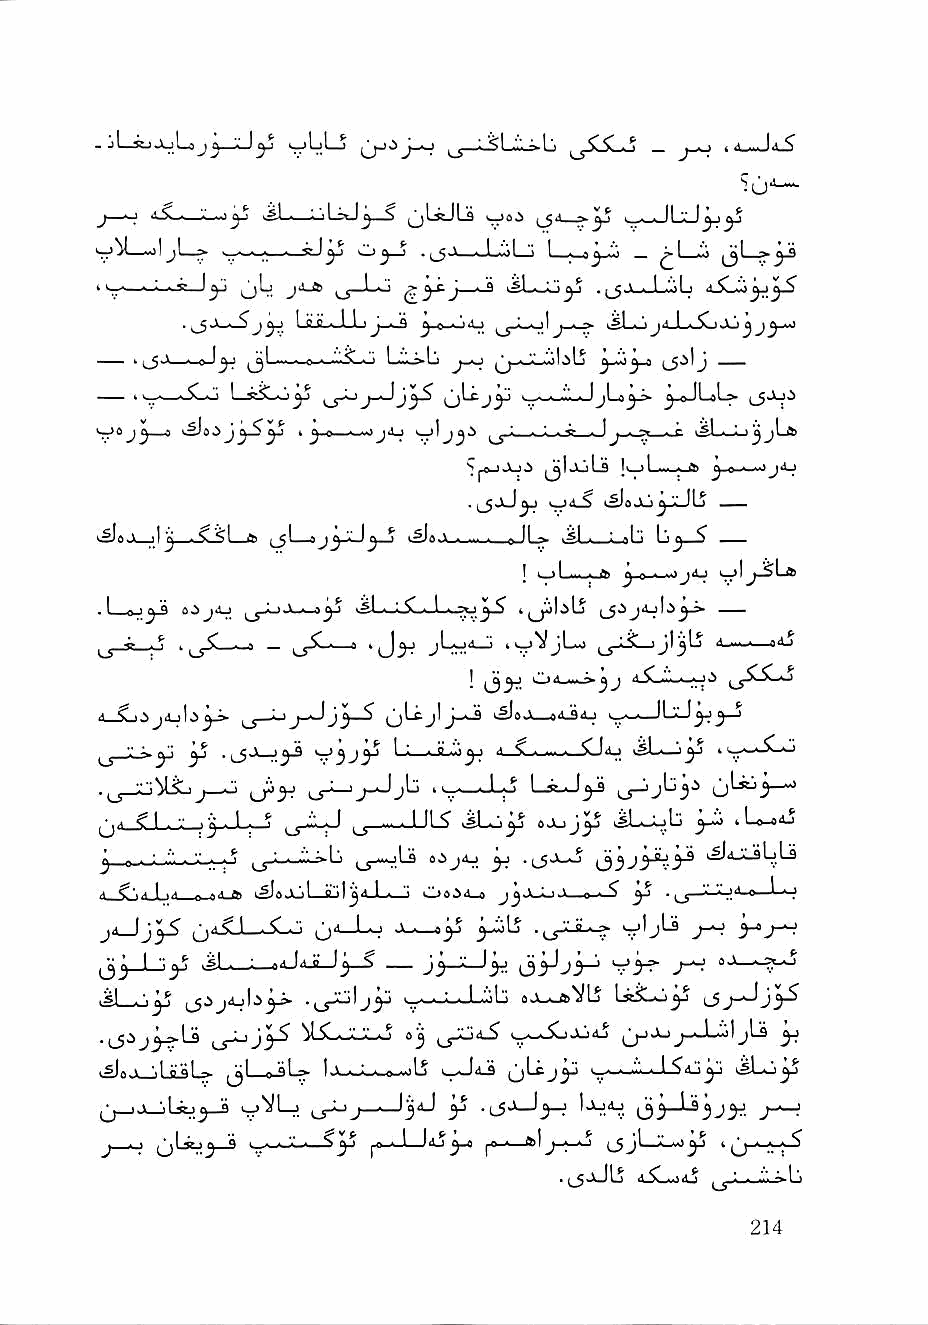
- jl—SuJ^Lajy-^Jy ^                       i <1__J<1_S
 j—^        vsL—;jL5*J^_^ ijLsJLs i^'< - , . n IIV
 —->1   ■—-w-.;—     -ijj—JjoLj 1  _ ^1 i
 11 .. I .;. ^ ,1^ 0^- j"*-* L'-j (?3-^J ^ ksL— jl-_L.'ioL
 LsjlJJlj J_iJ ^ c . !i(0 vSLoj4_L^XjJLi j
 ■ 0 \  ■ Q *-—jLo        jIj      J
 —  I \—■— I—rSLo^      o^jy   ^-l—^^-JjLo^^ ^.^L«L»
 ^0 j e^9 1^0^ t ji p »■-■■.> jd^ ^ 1 . 1 . ^ . i j ,•, .-, r t^L—Lj ^ jLte
 S|^JlJ^ ^Ij^Ls If ••• - ^ JmO,* ■■>j4_l
 f^aJU^JkJLj ——
 i^Ia.\ fi jj . C <1 ^      _ pJL^ .Isl . : ^I'i I 'f ^ ^ ,^_
 I ■ fI • ^ ^ n - j'^ '
 I . I ^ g ajjd-> 1^1——LSL«-L«.^^^^^
 .,_ySL_>^ _ 'J^j          ^        '^---
 ^   C.)4.^hM^^^ 4.^^
 ^jLcjlj-^ —sajaj >_>-—)bJ^^
 ^  ^ ^ ^ ^ ' f j Ix 1 : .a .'■■ ^ 1 -f ^ ^**.1 >SLwJ^ n-A-*.i-o
 o             "t''—"-^^ Ls,J^
 ^ ^ C I . '.' f j ^ ^ ^ ... . 1 [1 ^ iSl-^ ^ ojljj^ y-^ tip oA.)
 ^ □ ■ ' i" r ^ •^"-s>*tj i^^j-wjLs yi . (J3J,5^-3^ k^4jLsljlj
 ,1 ^', .l ..« „■■' '* x^aJul aiil j4 1 . "i i.ljsi4_o j j JL-L; i>-.p • ^ ^ " ' .1'^ " ^ '.'
 j4_iy^s       u''—'-^   ^i5       vO'-^   y' -T^
 ^'y-L^y            — jy^y. o'^jy      y  aj--^
 M-^y (_5.ij4jb^ .,_j;oljy   oj-f-tt'J/li ^JJ^yyS
 ^ *" J^} v"^ U^j3^ ^Li-^-X-iLo oj -Aj 4j ijjJj ^^^__L~') jLs y>
 x^sJ_jLisL.f>- [jl o-sL^ |j_.J_we-~lL5 (jLcjy \^-^y
 jj_ij^Lij^_3 x_)"^'-j xj-^j—'—^3^ y —^y '■V-'HI o'y^yy y~^
 J o jjL*j^_9      j^_J—\i2 ye ^—»l J-^ L5 y~^^y 'ij-'-S-;-^
 ■    4iC^,0iXj . —L-^-w->Lj